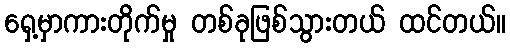
ရှေ့မှာကားတိုက်မှု တစ်ခုဖြစ်သွားတယ် ထင်တယ်။